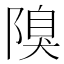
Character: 𨻬